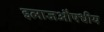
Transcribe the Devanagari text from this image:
इलाजऔषधीय